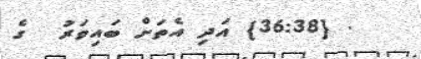
. {36:38} އަދި އެތަށް ބައިވަރު  ގެ